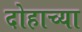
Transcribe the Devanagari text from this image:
दोहाच्या